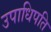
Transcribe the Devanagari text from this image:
उपाधिपति